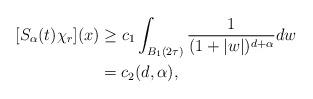
LaTeX: \begin{align*}[S_{\alpha}(t)\chi_{r}](x)&\geq c_{1}\int_{B_{1}(2\tau)}\frac{1}{(1+|w|)^{d+\alpha}}dw\\&=c_{2}(d,\alpha),\end{align*}